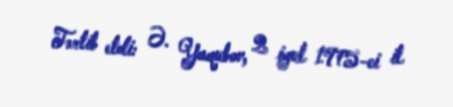
Tərtib etdi: Ə. Yaqubov, 2 iyul 1975-ci il